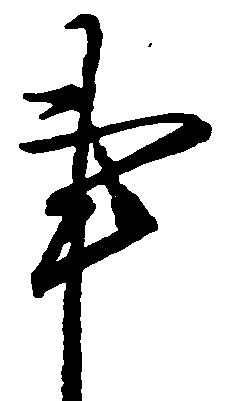
事